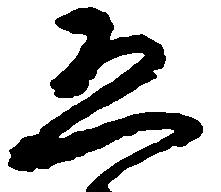
恐